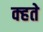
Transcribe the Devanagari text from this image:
क्हते